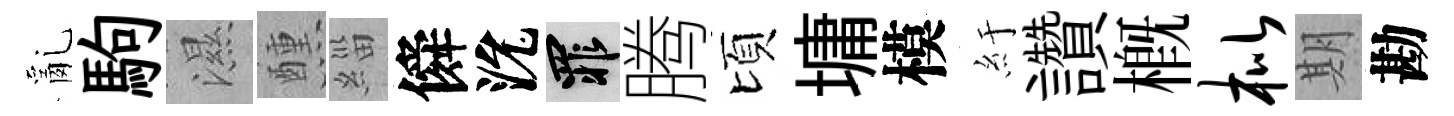
亂駒濕醺緇僢沇罪腾頃墉模紆讚概枇期勘